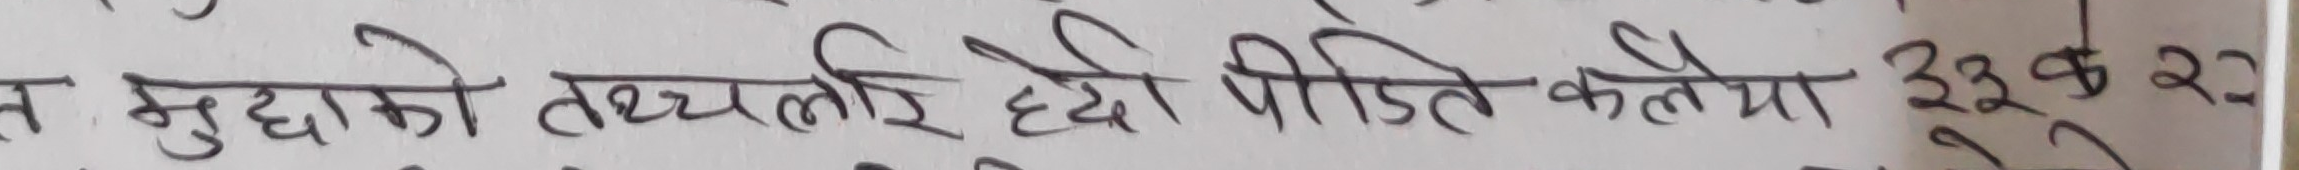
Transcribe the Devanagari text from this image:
न मुद्दाको तथ्यलाई छेड छाड पिडित कतैया ३२क २२